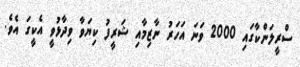
ސްރީލަންކާގައި 2000 ވަނަ އަހަރު ނާޒިމާއި ޝަރީފު ކިޔަވާ ވިދާޅުވީ އެކީގަ އެވެ.